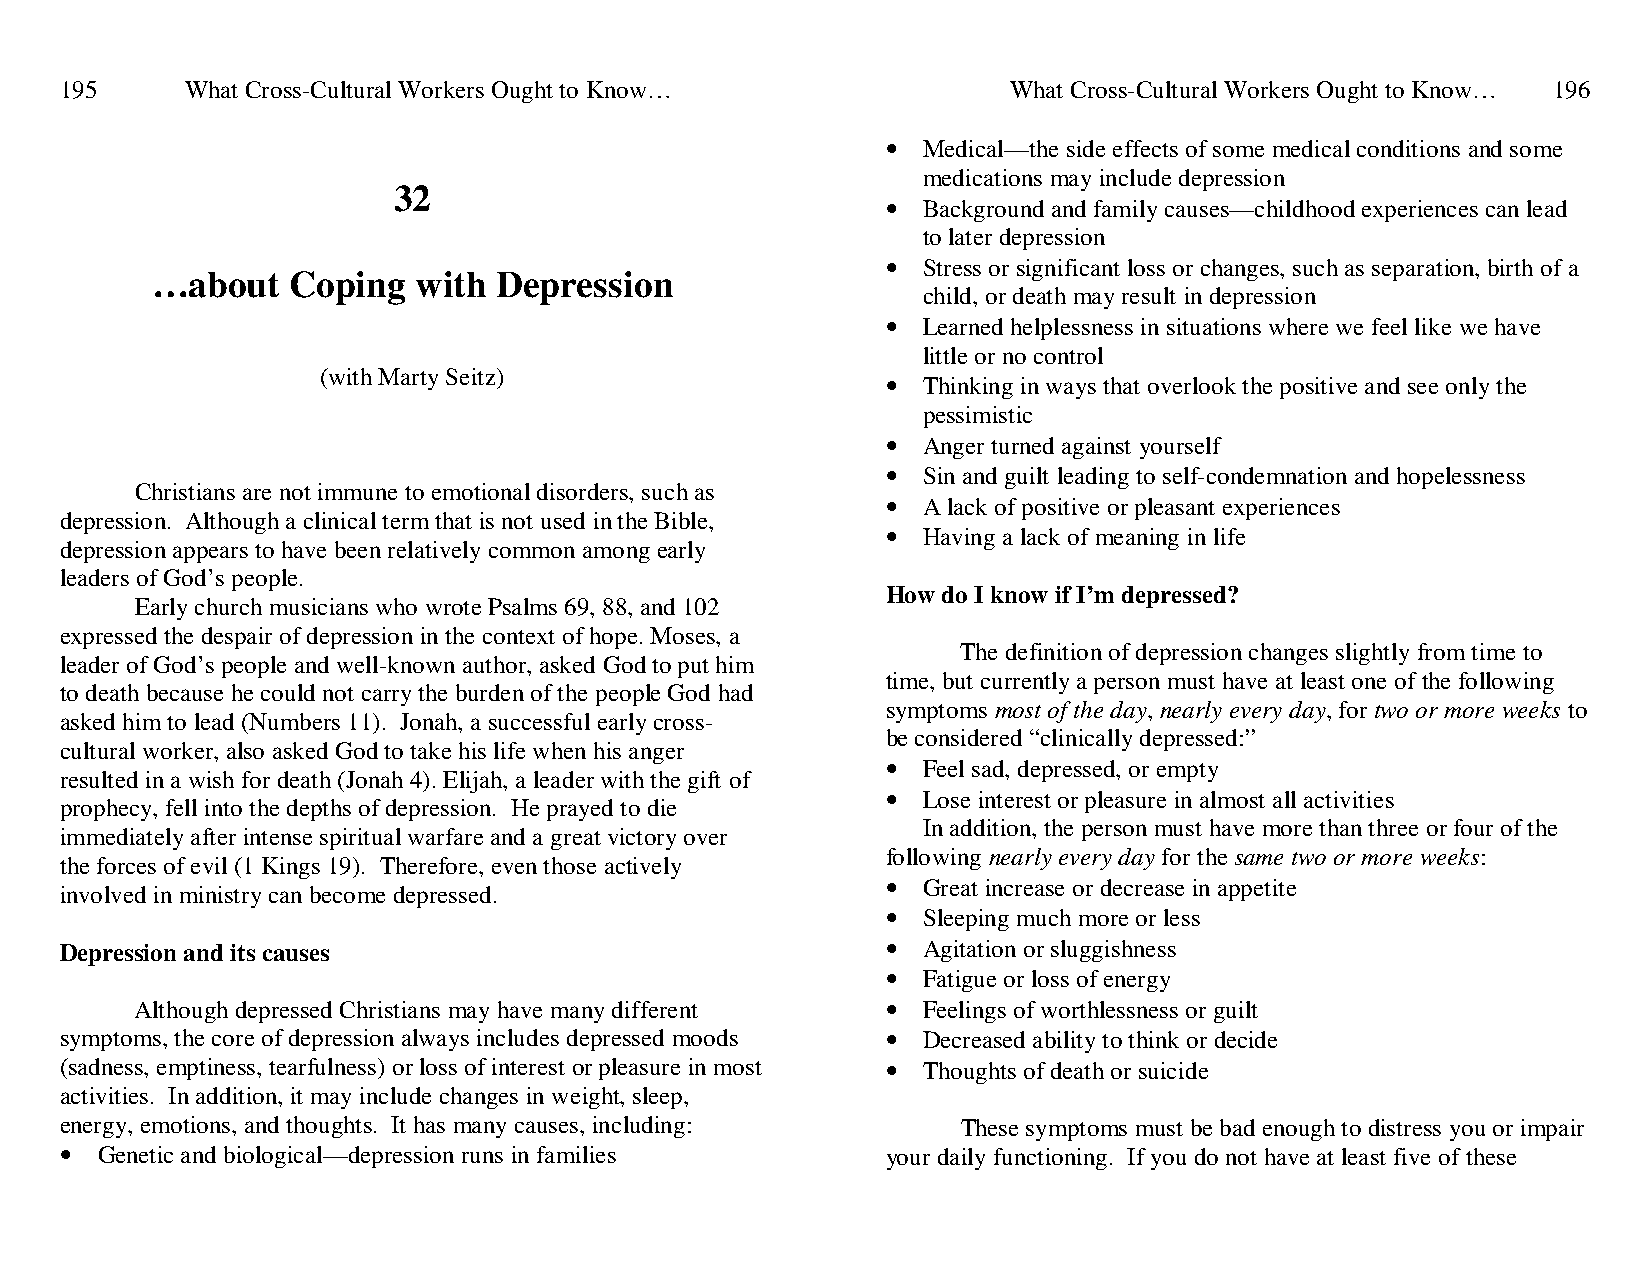
195     What Cross-Cultural Workers Ought to Know…             What Cross-Cultural Workers Ought to Know… 196
 • Medical—the side effects of some medical conditions and some
 medications may include depression
 32
 • Background and family causes—childhood experiences can lead
 to later depression
 • Stress or significant loss or changes, such as separation, birth of a
 …about   Coping   with Depression
 child, or death may result in depression
 • Learned helplessness in situations where we feel like we have
 little or no control
 (with Marty Seitz)                    • Thinking in ways that overlook the positive and see only the
 pessimistic
 • Anger turned against yourself
 • Sin and guilt leading to self-condemnation and hopelessness
 Christians are not immune to emotional disorders, such as
 • A lack of positive or pleasant experiences
 depression. Although a clinical term that is not used in the Bible,
 • Having a lack of meaning in life
 depression appears to have been relatively common among early
 leaders of God’s people.
 How do I know if I’m depressed?
 Early church musicians who wrote Psalms 69, 88, and 102
 expressed the despair of depression in the context of hope. Moses, a
 The definition of depression changes slightly from time to
 leader of God’s people and well-known author, asked God to put him
 time, but currently a person must have at least one of the following
 to death because he could not carry the burden of the people God had
 symptoms most of the day, nearly every day, for two or more weeks to
 asked him to lead (Numbers 11). Jonah, a successful early cross-
 be considered “clinically depressed:”
 cultural worker, also asked God to take his life when his anger
 • Feel sad, depressed, or empty
 resulted in a wish for death (Jonah 4). Elijah, a leader with the gift of
 • Lose interest or pleasure in almost all activities
 prophecy, fell into the depths of depression. He prayed to die
 In addition, the person must have more than three or four of the
 immediately after intense spiritual warfare and a great victory over
 following nearly every day for the same two or more weeks:
 the forces of evil (1 Kings 19). Therefore, even those actively
 • Great increase or decrease in appetite
 involved in ministry can become depressed.
 • Sleeping much more or less
 Depression and its causes                              • Agitation or sluggishness
 • Fatigue or loss of energy
 Although depressed Christians may have many different • Feelings of worthlessness or guilt
 symptoms, the core of depression always includes depressed moods • Decreased ability to think or decide
 (sadness, emptiness, tearfulness) or loss of interest or pleasure in most • Thoughts of death or suicide
 activities. In addition, it may include changes in weight, sleep,
 energy, emotions, and thoughts. It has many causes, including: These symptoms must be bad enough to distress you or impair
 • Genetic and biological—depression runs in families   your daily functioning. If you do not have at least five of these